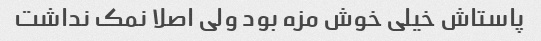
پاستاش خیلی خوش مزه بود ولی اصلا نمک نداشت